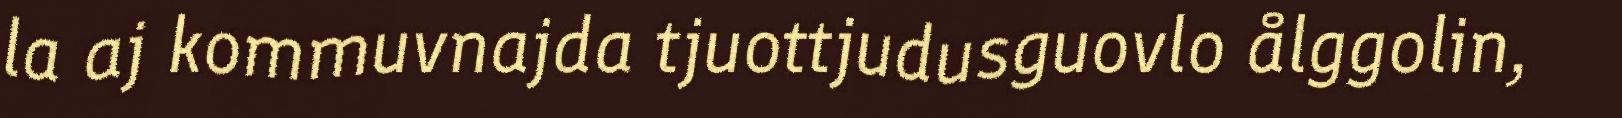
la aj kommuvnajda tjuottjudusguovlo ålggolin,